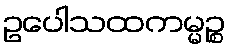
ဥပေါသထကမ္မဉ္စ